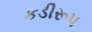
કડીરૂપ